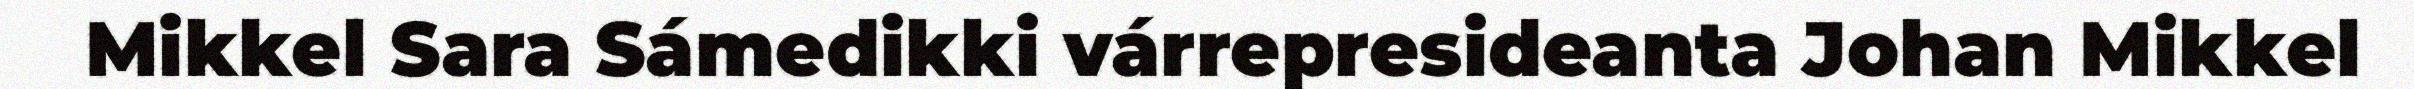
Mikkel Sara Sámedikki várrepresideanta Johan Mikkel